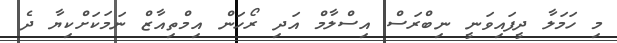
މި ހަމަލާ ދީފައިވަނީ ނިބްރަސް އިސްލާމް އަދި ރޯހަން އިމްތިއާޒް ނަމަކަށްކިޔާ ދެ